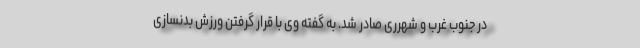
در جنوب غرب و شهرری صادر شد. به گفته وی با قرار گرفتن ورزش بدنسازی